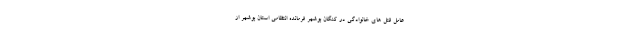
عامل قتل های خانوادگی در کنگان بوشهر فرمانده انتظامی استان بوشهر از